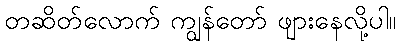
တဆိတ်လောက် ကျွန်တော် ဖျားနေလို့ပါ။